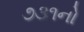
૭૩૧નો